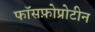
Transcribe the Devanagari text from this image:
फॉसफ़ोप्रोटीन